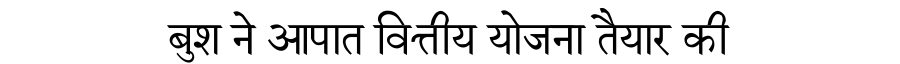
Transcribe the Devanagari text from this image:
बुश ने आपात वित्तीय योजना तैयार की